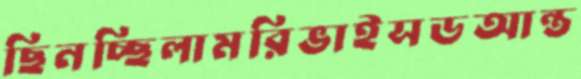
ছিনচ্ছিলামরিভাইসডআন্ত